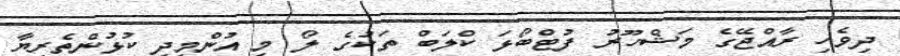
ދިވެހި ރާއްޖޭގެ މަޝްހޫރު ފުޓްބޯޅަ ކްލަބް ތަކުގެ ލޯ މި އުންމީދީ ކުޅުންތެރިޔާ